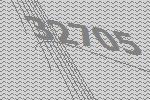
32705